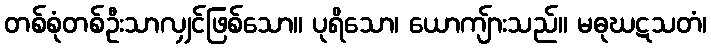
တစ်စုံတစ်ဦးသာလျှင်ဖြစ်သော။ ပုရိသော၊ ယောကျ်ားသည်။ မဓုဃဋသတံ၊